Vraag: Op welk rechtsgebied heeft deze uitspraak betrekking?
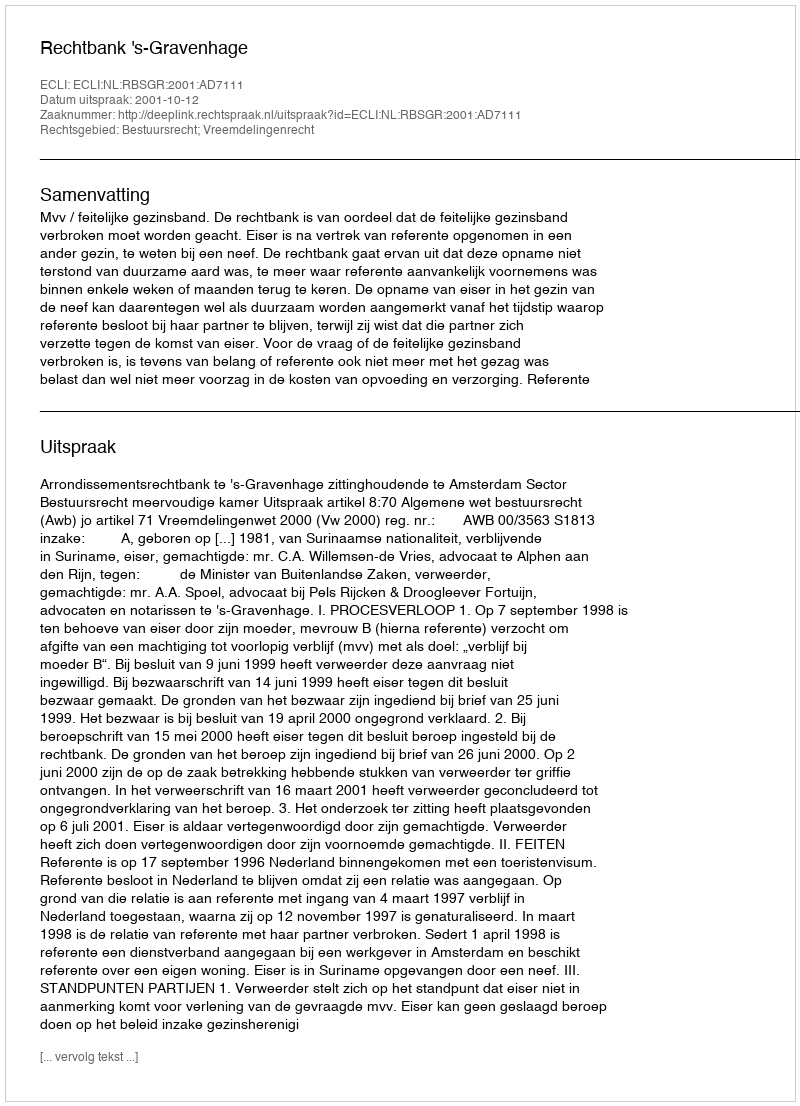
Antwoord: Bestuursrecht; Vreemdelingenrecht